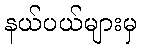
နယ်ပယ်များမှ